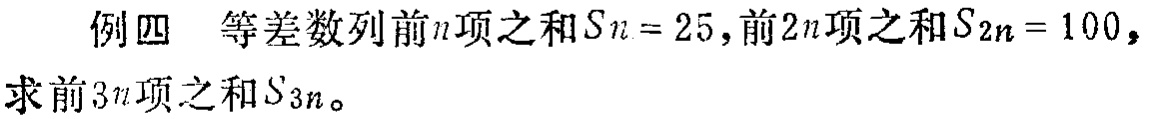
例四 等差数列前\(n\)项之和\(S_{n}=25\)，前\(2n\)项之和\(S_{2n}=100\)，求前\(3n\)项之和\(S_{3n}\)。